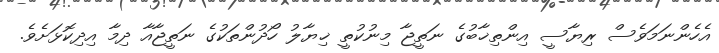
އެހެންނަމަވެސް ރިޔާސީ އިންތިޚާބުގެ ނަތީޖާ މިނުކުތީ ޚިޔާލު ހޯދުންތަކުގެ ނަތީޖާއާ ދިމާ އިދިކޮޅަށެވެ.